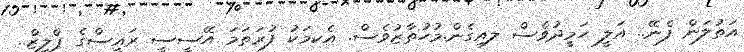
އަތުލަން ފެނޭ.. އަލީ ހަމީދުވެސް ލއިގެން.މުހުތާޒުވެސް. އެކމަކު ފުރަތަމަ އޭސީސީ ރައީސްގެ ޕްލީޒް..